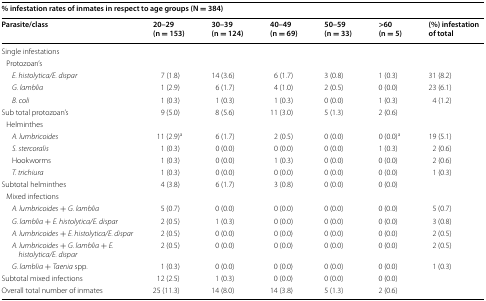
<table><thead><tr><td colspan="7"><b>% infestation rates of inmates in respect to age groups (N = 384)</b></td></tr><tr><td><b>Parasite/class</b></td><td><b>20–29 (n = 153)</b></td><td><b>30–39 (n = 124)</b></td><td><b>40–49 (n = 69)</b></td><td><b>50–59 (n = 33)</b></td><td><b>&gt;60 (n = 5)</b></td><td><b>(%) infestation of total</b></td></tr></thead><tbody><tr><td colspan="7">Single infestations</td></tr><tr><td colspan="7"> Protozoan’s</td></tr><tr><td><i>E. histolytica/E. dispar</i></td><td>7 (1.8)</td><td>14 (3.6)</td><td>6 (1.7)</td><td>3 (0.8)</td><td>1 (0.3)</td><td>31 (8.2)</td></tr><tr><td><i>G. lamblia</i></td><td>1 (2.9)</td><td>6 (1.7)</td><td>4 (1.0)</td><td>2 (0.5)</td><td>0 (0.0)</td><td>23 (6.1)</td></tr><tr><td><i>B. coli</i></td><td>1 (0.3)</td><td>1 (0.3)</td><td>1 (0.3)</td><td>0 (0.0)</td><td>1 (0.3)</td><td>4 (1.2)</td></tr><tr><td>Sub total protozoan’s</td><td>9 (5.0)</td><td>8 (5.6)</td><td>11 (3.0)</td><td>5 (1.3)</td><td>2 (0.6)</td><td></td></tr><tr><td colspan="7"> Helminthes</td></tr><tr><td><i>A. lumbricoides</i></td><td>11 (2.9)<sup>a</sup></td><td>6 (1.7)</td><td>2 (0.5)</td><td>0 (0.0)</td><td>0 (0.0)<sup>a</sup></td><td>19 (5.1)</td></tr><tr><td><i>S. stercoralis</i></td><td>1 (0.3)</td><td>0 (0.0)</td><td>0 (0.0)</td><td>0 (0.0)</td><td>1 (0.3)</td><td>2 (0.6)</td></tr><tr><td>Hookworms</td><td>1 (0.3)</td><td>0 (0.0)</td><td>1 (0.3)</td><td>0 (0.0)</td><td>0 (0.0)</td><td>2 (0.6)</td></tr><tr><td><i>T. trichiura</i></td><td>1 (0.3)</td><td>0 (0.0)</td><td>0 (0.0)</td><td>0 (0.0)</td><td>0 (0.0)</td><td>1 (0.3)</td></tr><tr><td>Subtotal helminthes</td><td>4 (3.8)</td><td>6 (1.7)</td><td>3 (0.8)</td><td>0 (0.0)</td><td>0 (0.0)</td><td></td></tr><tr><td colspan="7"> Mixed infections</td></tr><tr><td><i>A. lumbricoides</i> + <i>G. lamblia</i></td><td>5 (0.7)</td><td>0 (0.0)</td><td>0 (0.0)</td><td>0 (0.0)</td><td>0 (0.0)</td><td>5 (0.7)</td></tr><tr><td><i>G. lamblia</i> + <i>E. histolytica/E. dispar</i></td><td>2 (0.5)</td><td>1 (0.3)</td><td>0 (0.0)</td><td>0 (0.0)</td><td>0 (0.0)</td><td>3 (0.8)</td></tr><tr><td><i>A. lumbricoides</i> + <i>E. histolytica/E. dispar</i></td><td>2 (0.5)</td><td>0 (0.0)</td><td>0 (0.0)</td><td>0 (0.0)</td><td>0 (0.0)</td><td>2 (0.5)</td></tr><tr><td><i>A. lumbricoides</i> + <i>G. lamblia</i> + <i>E. histolytica/E. dispar</i></td><td>2 (0.5)</td><td>0 (0.0)</td><td>0 (0.0)</td><td>0 (0.0)</td><td>0 (0.0)</td><td>2 (0.5)</td></tr><tr><td><i>G. lamblia</i> + <i>Taenia</i> spp.</td><td>1 (0.3)</td><td>0 (0.0)</td><td>0 (0.0)</td><td>0 (0.0)</td><td>0 (0.0)</td><td>1 (0.3)</td></tr><tr><td>Subtotal mixed infections</td><td>12 (2.5)</td><td>1 (0.3)</td><td>0 (0.0)</td><td>0 (0.0)</td><td>0 (0.0)</td><td></td></tr><tr><td>Overall total number of inmates</td><td>25 (11.3)</td><td>14 (8.0)</td><td>14 (3.8)</td><td>5 (1.3)</td><td>2 (0.6)</td><td></td></tr></tbody></table>